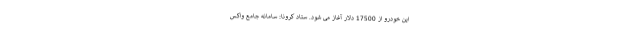
این خودرو از 17500 دلار آغاز می شود. ستاد کرونا: سامانه جامع واکس